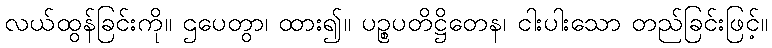
လယ်ထွန်ခြင်းကို။ ဌပေတွာ၊ ထား၍။ ပဉ္စပတိဋ္ဌိတေန၊ ငါးပါးသော တည်ခြင်းဖြင့်။